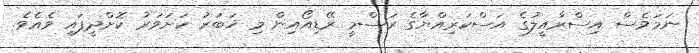
ނަމަވެސް އިސްރާއީލުގެ އަސްކަރިއްޔާގެ ރަސްމީ ރޭޑިއޯއިން މި ޚަބަރު ކަށަވަރު ކޮށްދީފައި ވެއެވެ.